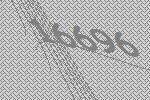
16696